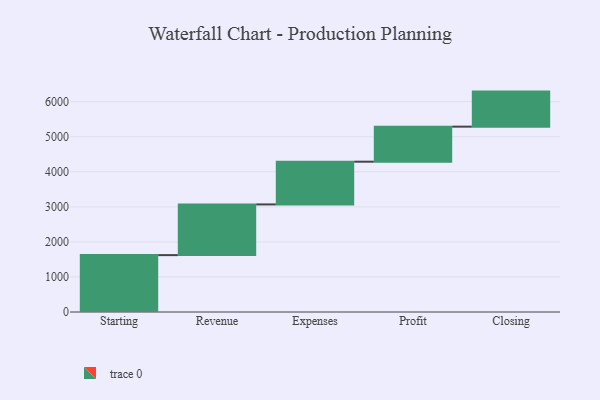
{"axis": {"x": "Step", "y": "Value"}, "legend": [""], "data": [{"x": "Starting", "y": 1623.0, "type": ""}, {"x": "Revenue", "y": 1447.0, "type": ""}, {"x": "Expenses", "y": 1219.0, "type": ""}, {"x": "Profit", "y": 1000, "type": ""}, {"x": "Closing", "y": 1000, "type": ""}]}